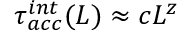
\tau _ { a c c } ^ { i n t } ( L ) \approx c L ^ { z }